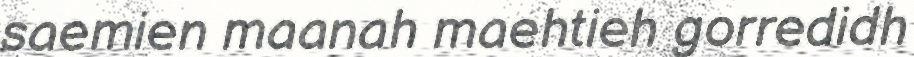
saemien maanah maehtieh gorredidh